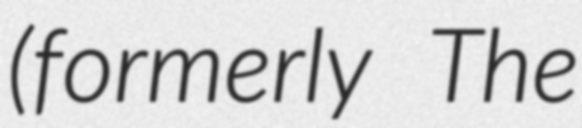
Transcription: (formerly The